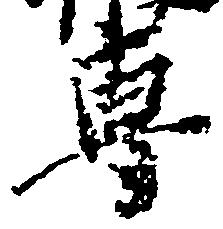
専